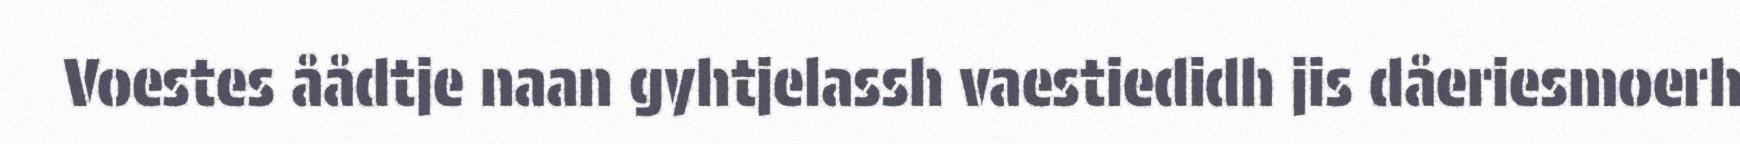
Voestes åådtje naan gyhtjelassh vaestiedidh jis dåeriesmoerh